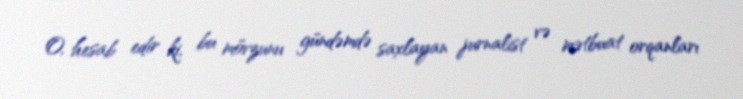
O, hesab edir ki, bu mövzunu gündəmdə saxlayan jurnalist və mətbuat orqanları